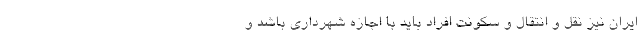
ایران نیز نقل و انتقال و سکونت افراد باید با اجازه شهرداری باشد و